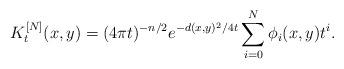
LaTeX: \begin{align*} K_t^{[N]}(x, y) = (4\pi t)^{-n/2}e^{-d(x, y)^2/4t}\sum^N_{i = 0} \phi_i(x, y)t^i.\end{align*}